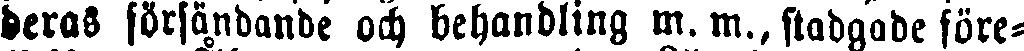
deras försändande och behandling m.m., stadgade före-